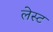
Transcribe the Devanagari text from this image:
लेस्ट